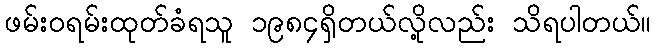
ဖမ်းဝရမ်းထုတ်ခံရသူ ၁၉၈၄ရှိတယ်လို့လည်း သိရပါတယ်။